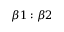
\beta 1 : \beta 2